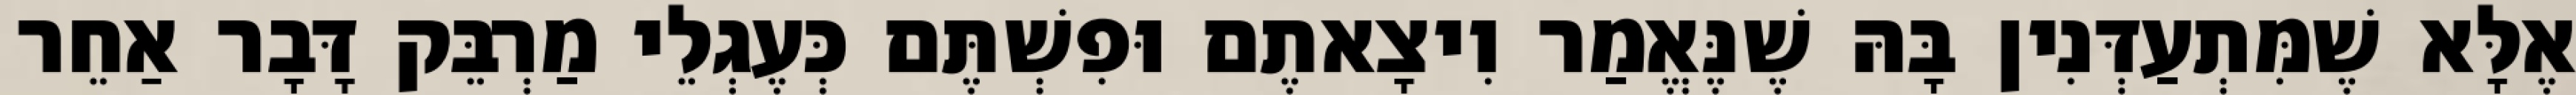
אֶלָּא שֶׁמִּתְעַדְּנִין בָּהּ שֶׁנֶּאֱמַר וִיצָאתֶם וּפִשְׁתֶּם כְּעֶגְלֵי מַרְבֵּק דָּבָר אַחֵר